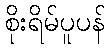
စိုးရိမ်ပူပန်